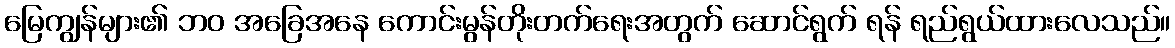
မြေကျွန်များ၏ ဘဝ အခြေအနေ ကောင်းမွန်တိုးတက်ရေးအတွက် ဆောင်ရွက် ရန် ရည်ရွယ်ထားလေသည်။